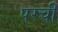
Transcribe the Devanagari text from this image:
परची